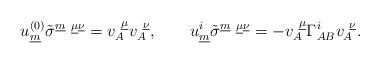
LaTeX: \begin{align*} u^{(0)}_{\underline{m}}\tilde{\sigma}^{\underline{m}~\underline{\mu}\underline{\nu}}= v^{~\underline{\mu}}_{A}v_{A}^{~\underline{\nu}},\qquad u^{i}_{\underline{m}}\tilde{\sigma}^{\underline{m}~\underline{\mu}\underline{\nu}}= - v^{~\underline{\mu}}_{A} \Gamma^i_{AB}v_{A}^{~\underline{\nu}}.\end{align*}